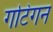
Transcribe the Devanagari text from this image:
गटिंगन